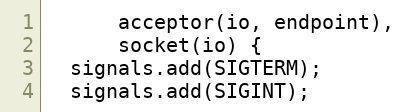
Language: C++
      acceptor(io, endpoint),
      socket(io) {
  signals.add(SIGTERM);
  signals.add(SIGINT);